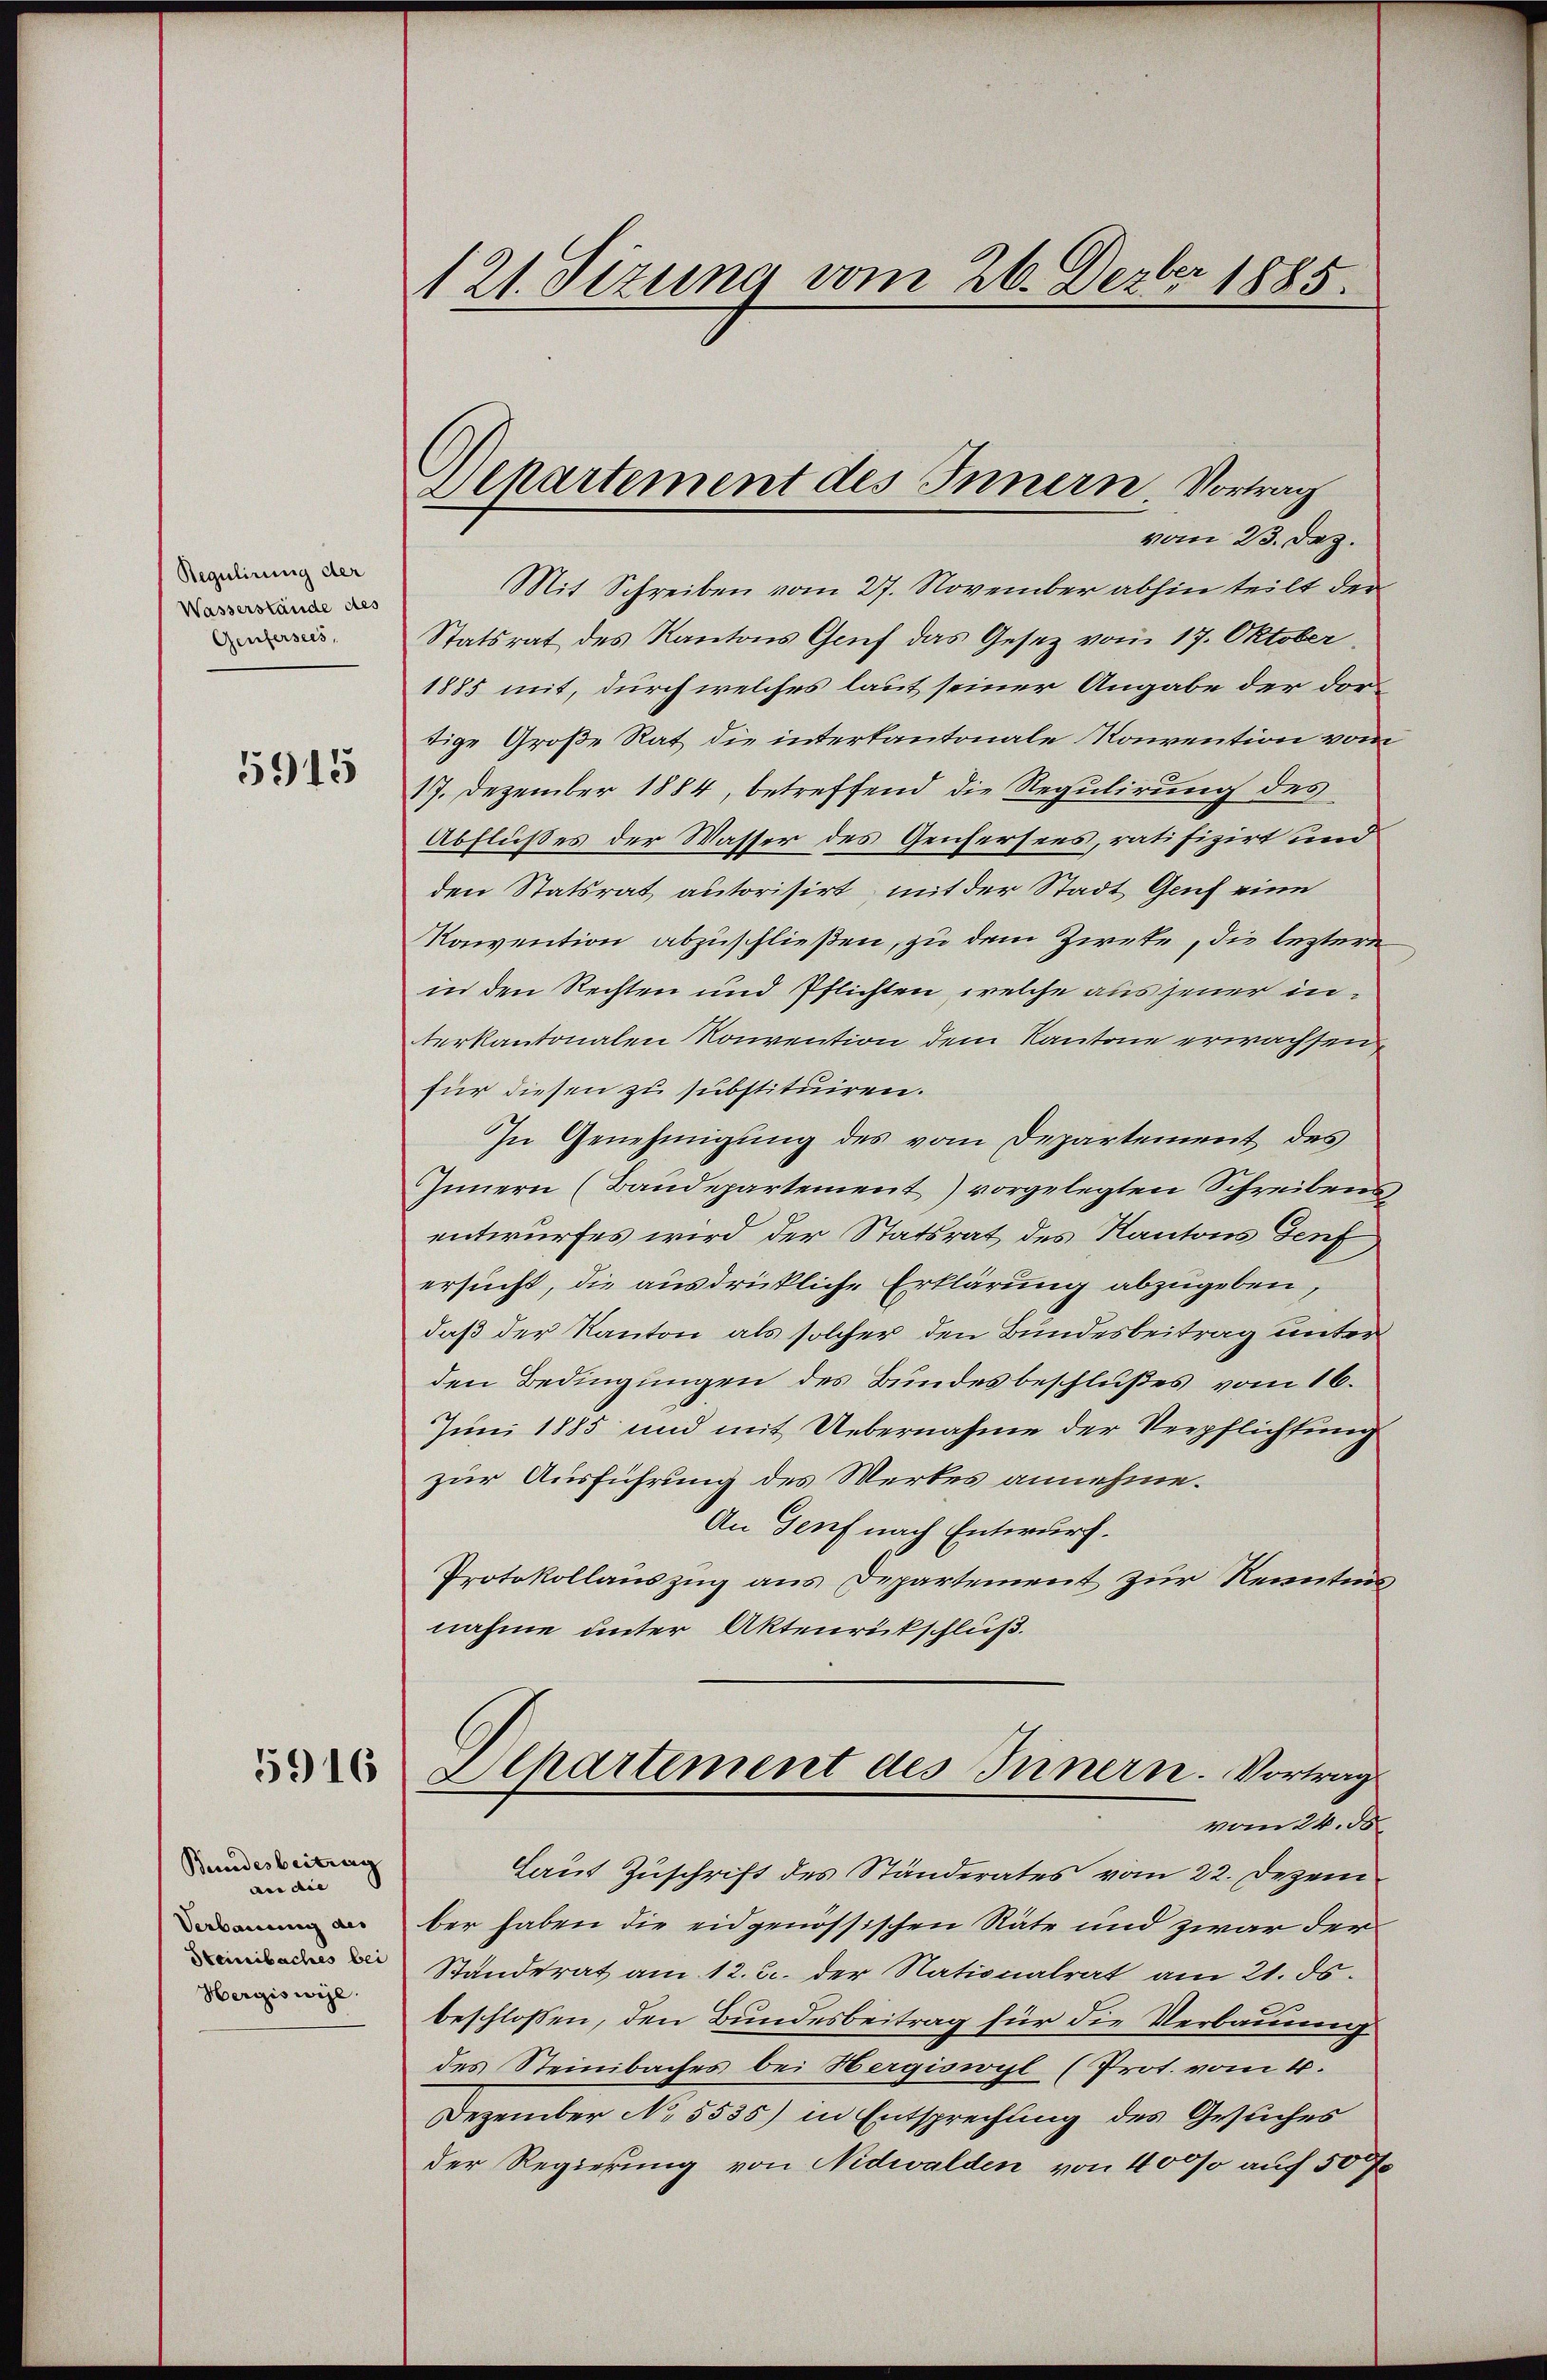
Regulirung der
Wasserstände des
Genfersees,

5915

5916

Bundesbeitrag
an die
Verbauung des
Steinbaches bei
Hergiswil.

121. Sizung vom 26. Dezbr 1885.

Sckartement des Innern Vortrag
vom 23. Dez.

Mit Schreiben vom 27. November abhin teilt der
Statsrat des Kantons Gruf das Gesetz vom 17. Oktober
1885 mit, durch welches laut seiner Angabe der dortige Große Rat die interkantonale Konvention vom
17. Dezember 1884, betreffend die Regulirung des
Abflußes der Wasser des Genfersees, ratifizirt und
den Statsrat autorisirt, mit der Stadt Genf eine
Konvention abzuschließen, zu dem Ziete, die leztere
in den Rechten und Pflichten, welche aus jener interkantonalen Konvention dem Kantone erwachsen
für diesen zu substituiren.
In Genehmigung des vom Departement des
Innern (Baudepartement) vorgelegten Schreibens,
entwurfes wird der Statsrat des Kantons Genf
ersucht, die ausdrückliche Erklärung abzugeben,
daß der Kanton als solcher den Bundesbeitrag unter
den Bedingungen des Bundesbeschlußes vom 16.
Juni 1885 und mit Uebernahme der Verpflichtung
zur Ausführung des Werkes annehme.
An Genf nach Entwurf.
Protokollauszug aus Departement zur Kenntnis,
nahme unter Aktenrückschluß.
Alkartement des Innern. Vortrag
vom 24. d.
Laut Zuschrift des Ständerates vom 22. Dezem
ber haben die eidgenössischen Räte und zwar der
Standerat am 12. 3. der Nationalrat am 21. ds.
beschlossen, den Bundesbeitrag für die Verbauung
des Steinbaches bei Hergiswyl (Prot. vom 4.
Dezember No 5535) in Entsprechung des Gesuches
der Regierung von Nidwalden von 4000 auf 50 f